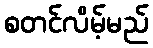
စတင်လိမ့်မည်